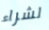
لشراء